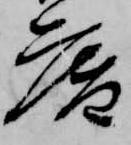
庵